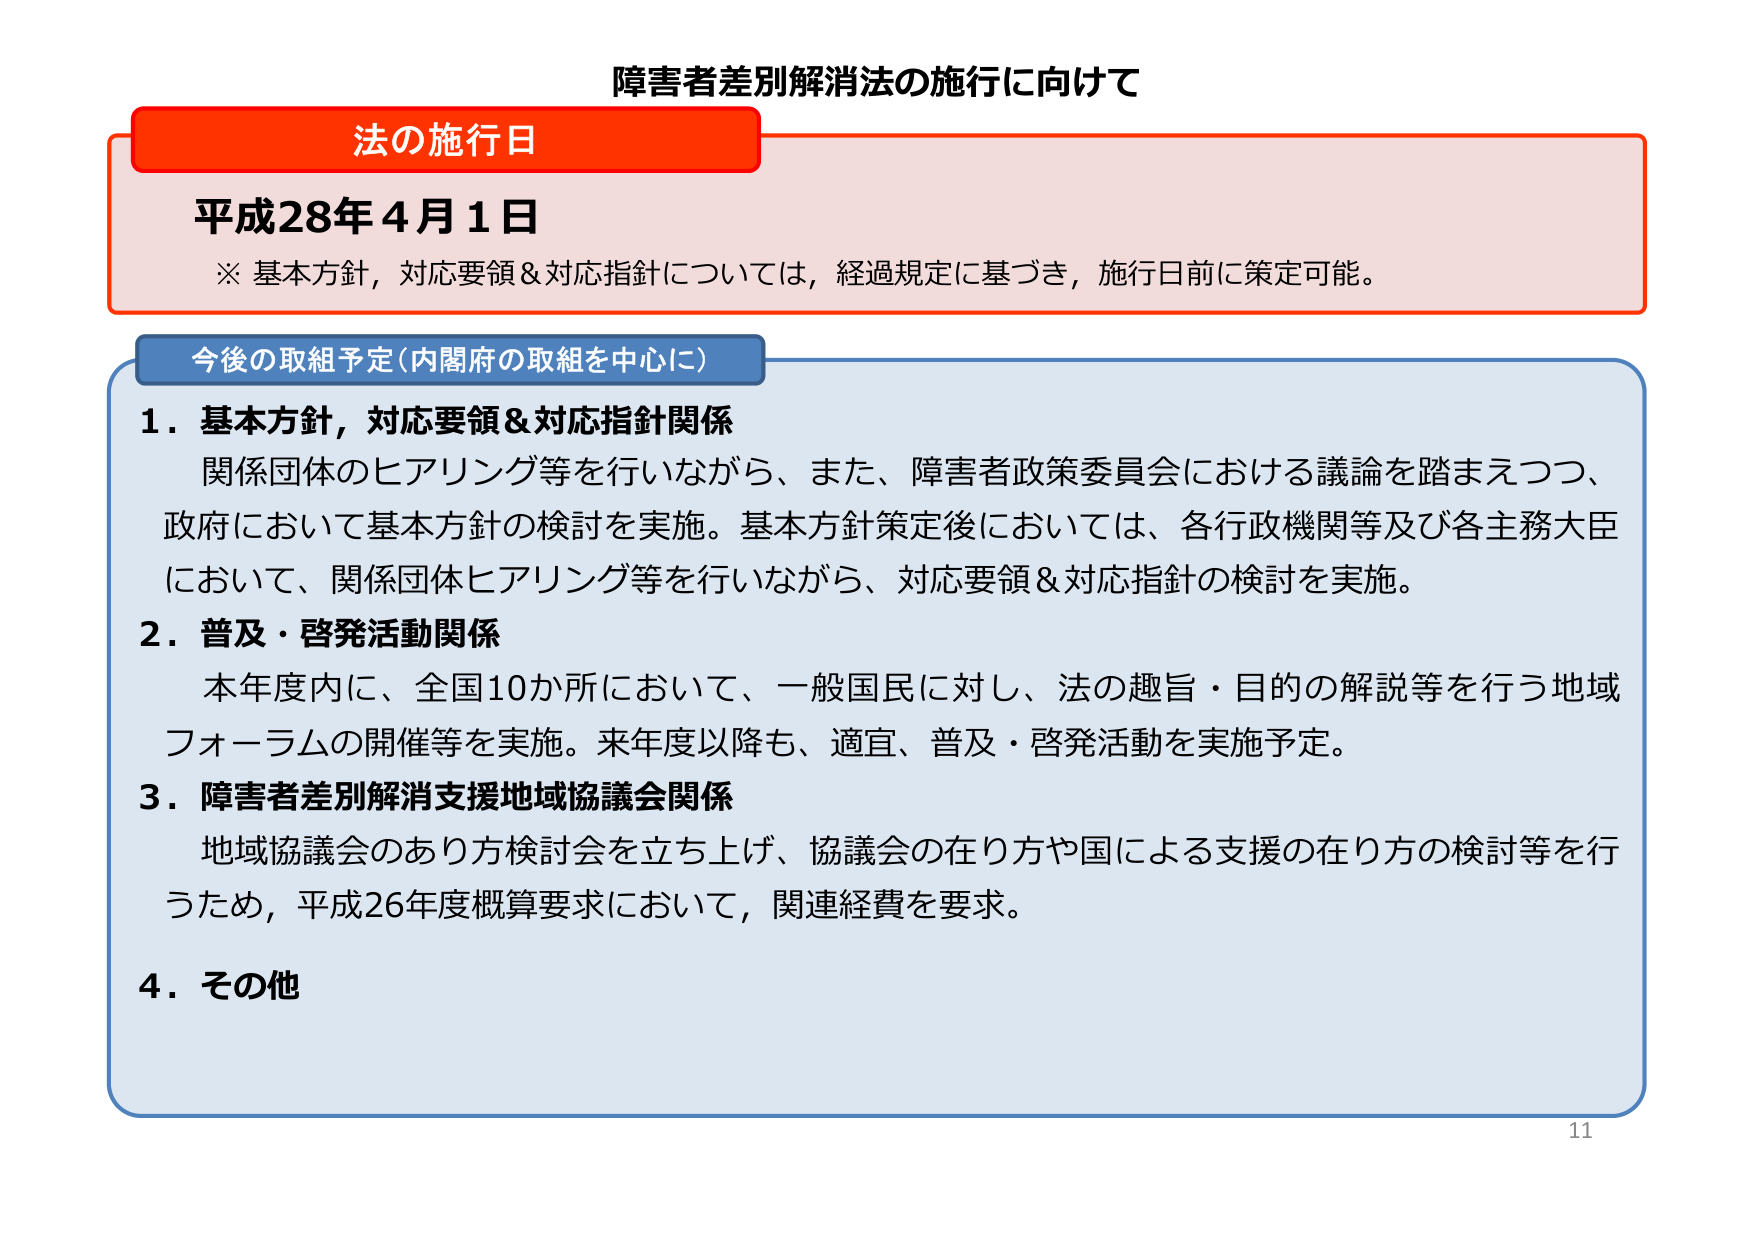
障害者差別解消法の施行に向けて

法の施行日
平成28年4月1日
※ 基本方針，対応要領＆対応指針については，経過規定に基づき，施行日前に策定可能。

今後の取組予定（内閣府の取組を中心に）
1．基本方針，対応要領＆対応指針関係
　関係団体のヒアリング等を行いながら、また、障害者政策委員会における議論を踏まえつつ、
　政府において基本方針の検討を実施。基本方針策定後においては、各行政機関等及び各主務大臣
　において、関係団体ヒアリング等を行いながら、対応要領＆対応指針の検討を実施。
2．普及・啓発活動関係
　本年度内に、全国10か所において、一般国民に対し、法の趣旨・目的の解説等を行う地域
　フォーラムの開催等を実施。来年度以降も、適宜、普及・啓発活動を実施予定。
3．障害者差別解消支援地域協議会関係
　地域協議会のあり方検討会を立ち上げ、協議会の在り方や国による支援の在り方の検討等を行
　うため，平成26年度概算要求において，関連経費を要求。
4．その他

11